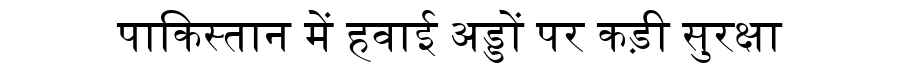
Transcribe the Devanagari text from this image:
पाकिस्तान में हवाई अड्डों पर कड़ी सुरक्षा